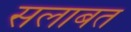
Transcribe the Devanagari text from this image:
सलाबत